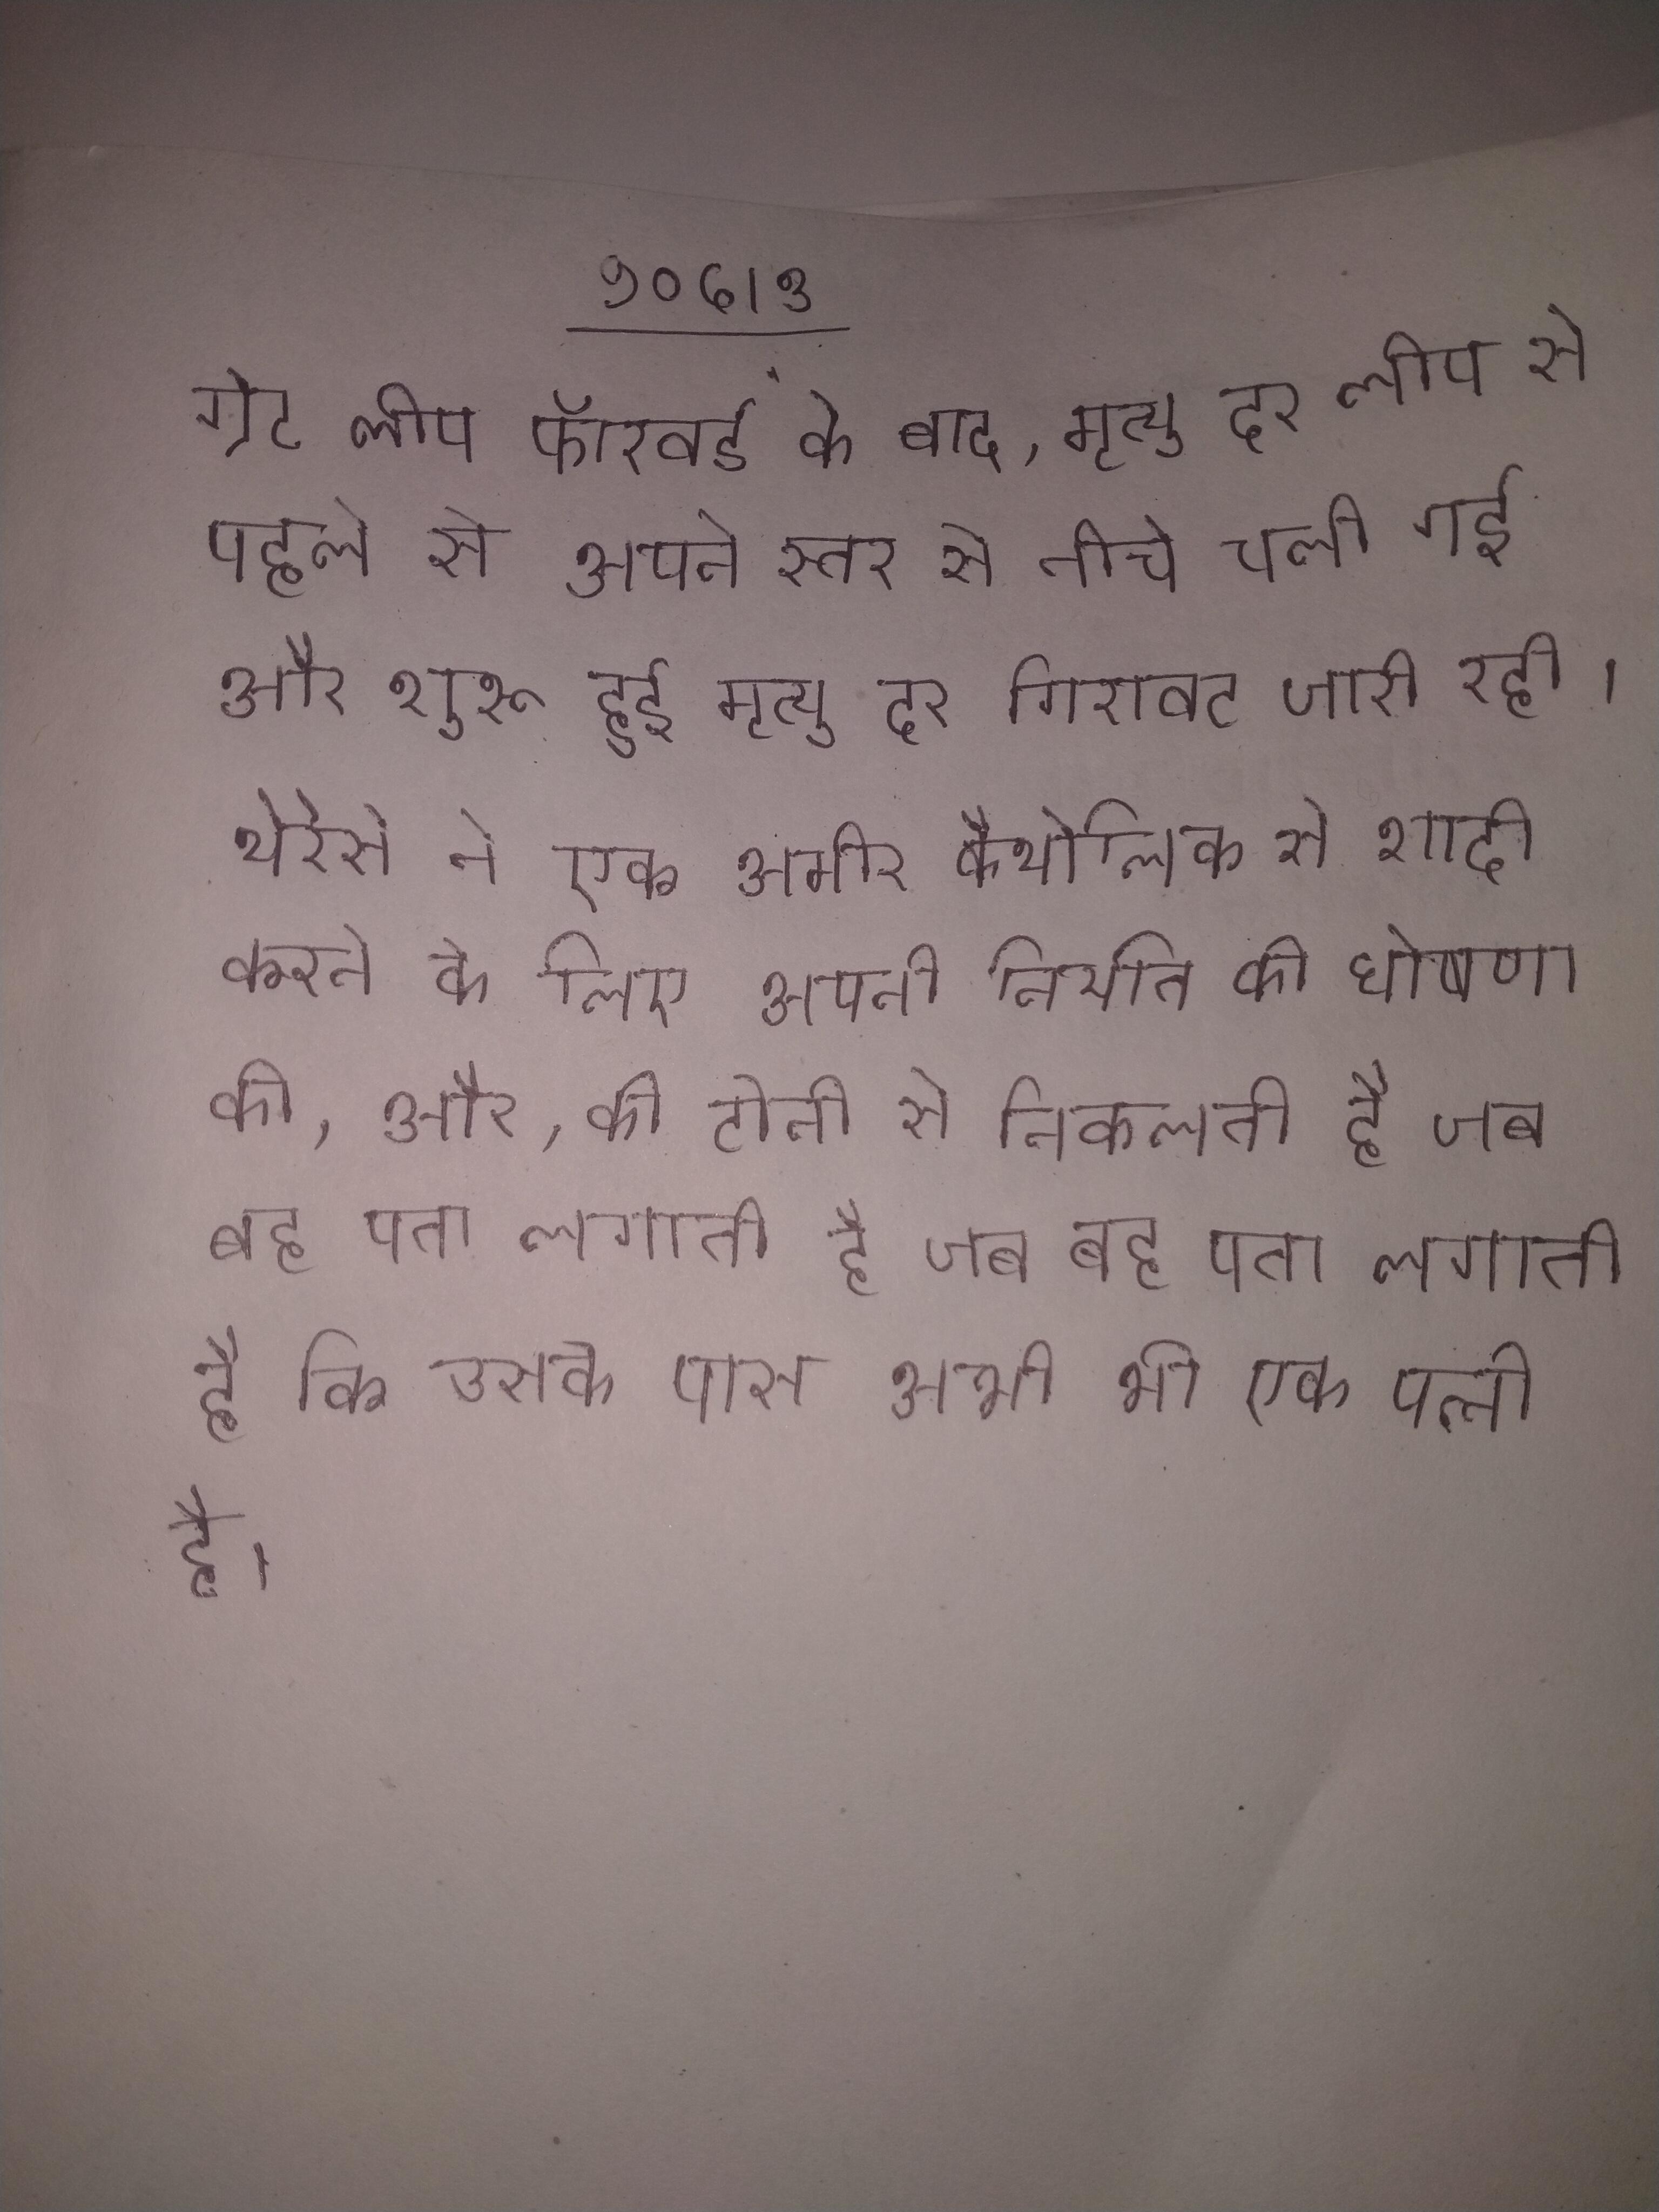
ग्रेट लीप फॉरवर्ड के बाद, मृत्यु दर लीप से पहले के अपने स्तर से नीचे चली गई और शुरू हुई मृत्यु दर गिरावट जारी रही । थेरेसे ने एक अमीर कैथोलिक से शादी करने के लिए अपनी नियति की घोषणा की, और, की टोनी से निकलती है जब वह पता लगाती है कि उसके पास अभी भी एक पत्नी है ।